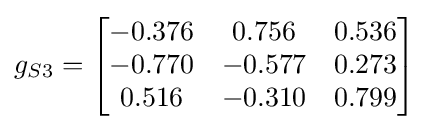
g_{S3}={\begin{bmatrix}-0.376&0.756&0.536\\-0.770&-0.577&0.273\\0.516&-0.310&0.799\\\end{bmatrix}}